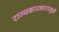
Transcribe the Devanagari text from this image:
राज्यकारभारामुळे